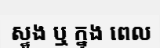
ស្ទូង ឬ ក្នុង ពេល